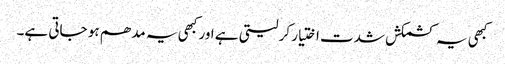
کبھی یہ کشمکش شدت اختیار کر لیتی ہے اور کبھی یہ مدھم ہو جاتی ہے۔